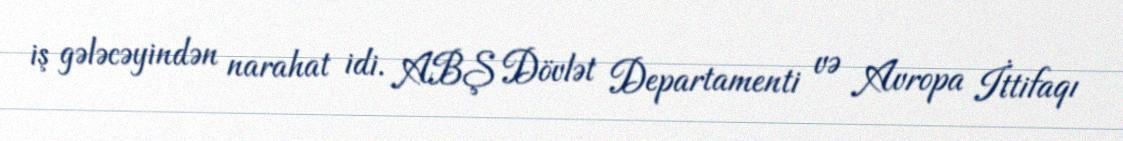
iş gələcəyindən narahat idi. ABŞ Dövlət Departamenti və Avropa İttifaqı